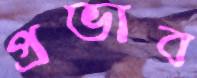
প্রভাব